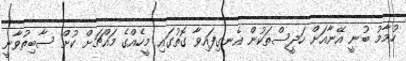
ހުމާމު ބުނީ އޭނާއަށް ހަދީސްތަކުން އެނގިފައިވާ ގޮތުގައި މީހެއްގެ މައްޗަށް ކުށް ސާބިތުވާނީ